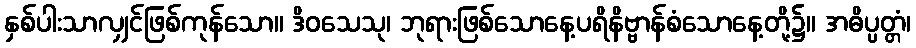
နှစ်ပါးသာလျှင်ဖြစ်ကုန်သော။ ဒိဝသေသု၊ ဘုရားဖြစ်သောနေ့ပရိနိဗ္ဗာန်စံသောနေ့တို့၌။ အဓိပ္ပတ္တံ၊